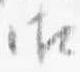
御